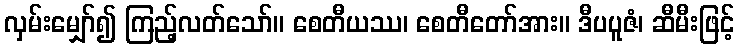
လှမ်းမျှော်၍ ကြည့်လတ်သော်။ စေတီယဿ၊ စေတီတော်အား။ ဒီပပူဇံ၊ ဆီမီးဖြင့်